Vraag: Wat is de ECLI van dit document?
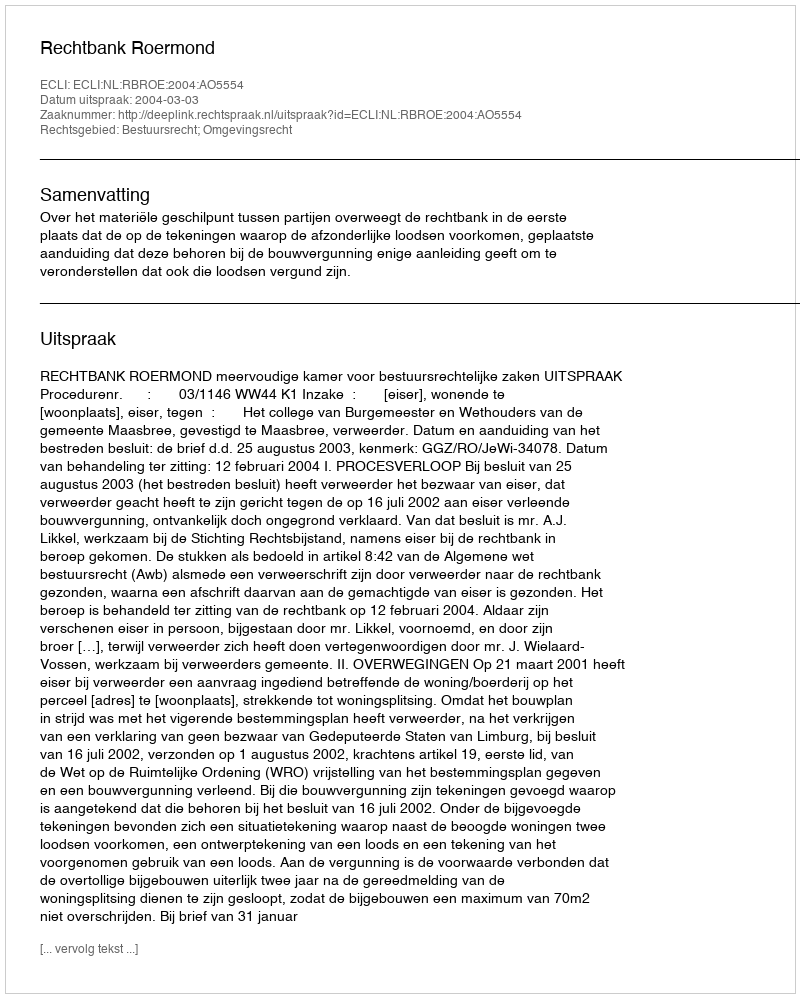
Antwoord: ECLI:NL:RBROE:2004:AO5554